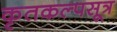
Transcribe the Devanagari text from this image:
कृतकल्पसूत्र